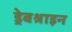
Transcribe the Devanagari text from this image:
ड्रेबश्राइन